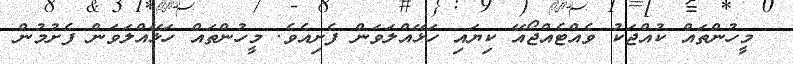
މީހުންތައް ކުއްޖަކު ވެއްޓެއްޖޯއޭ ކިޔައި ހަޅޭއްލަވަން ފެށިއެވެ. މީހުންތައް ހަޅޭއްލަވަން ފެށުމުން